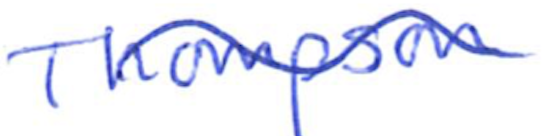
Text: Thompson
Cross-out: wave
Writing tool: ballpoint